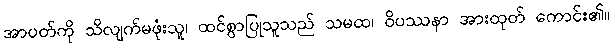
အာပတ်ကို သိလျက်မဖုံးသူ၊ ထင်စွာပြုသူသည် သမထ၊ ဝိပဿနာ အားထုတ် ကောင်း၏။